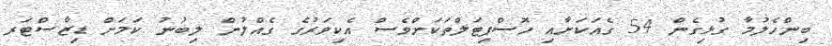
ބިންހެލުމާ ގުޅިގެން 54 ގެއަކަށާއި ހޮސްޕިޓަލްތަކަށްވެސް އެކިވަރުގެ ގެއްލުން ލިބުނު ކަމަށް ޑިޒާސްޓަރ